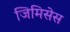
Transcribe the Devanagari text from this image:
जिमिसेस